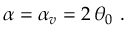
\begin{array} { r } { \alpha = \alpha _ { v } = 2 \, \theta _ { 0 } \ . } \end{array}